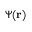
\Psi ( \mathbf { r } )